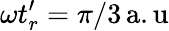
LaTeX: \omega t_{r}^{\prime}=\pi/3\mathrm{\, a.u}